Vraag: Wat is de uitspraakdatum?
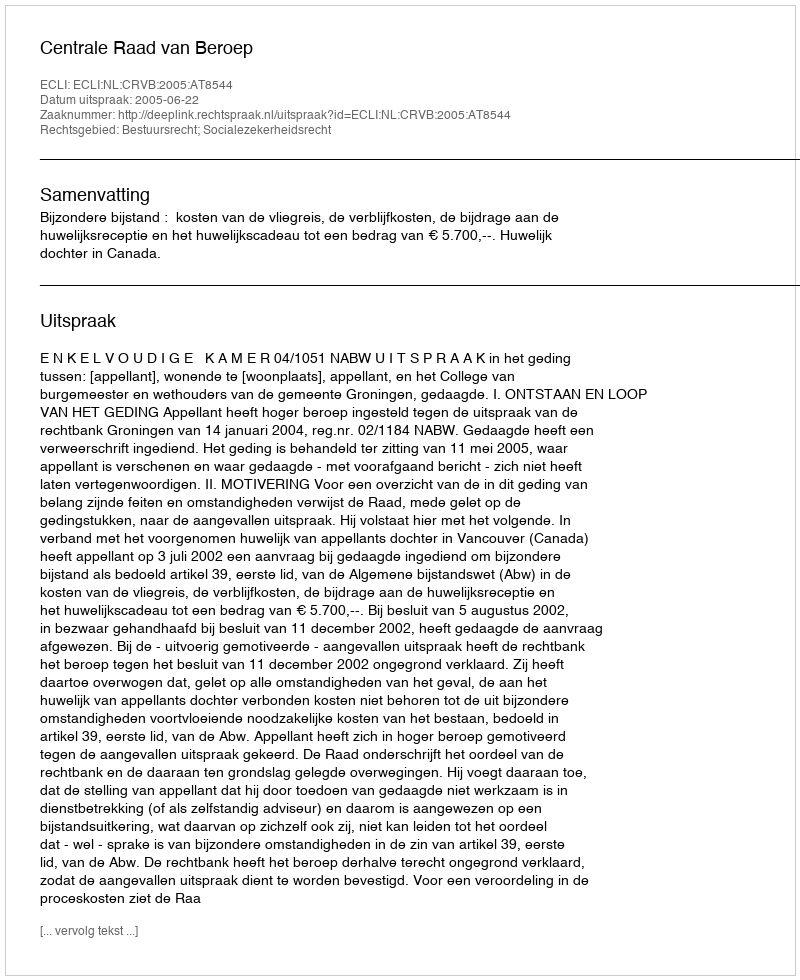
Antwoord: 2005-06-22